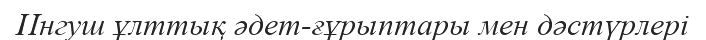
Ингуш ұлттық әдет-ғұрыптары мен дәстүрлері